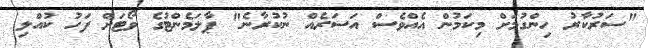
"ސަރުކާރު ހިންގުމަށް މިކަމުން އެއްވެސް އަސަރެއް ނުކުރާނެ" ޕާލަމެންޓުގެ ވޯޓަށް ފަހު ކުއްލި